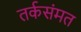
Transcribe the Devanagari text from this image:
तर्कसंमत